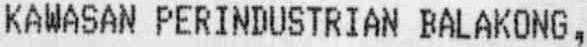
KAWASAN PERINDUSTRIAN BALAKONG,